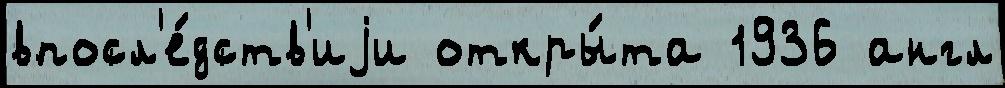
впосл'е́дств'иjи откры́та 1936 англ